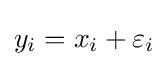
y_{i}=x_{i}+\varepsilon _{i}